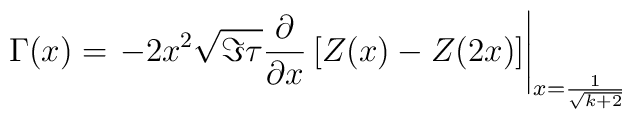
\Gamma(x) = \left.-2 x^2\sqrt{\Im\tau}\frac{\partial}{\partial x}\left[Z(x) - Z(2x)\right]\right|_{x=\frac{1}{\sqrt{k+2}}}